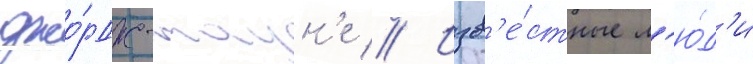
джо́рдж-таун'е // Изв'е́стные л'ю́д'и